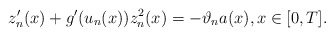
\begin{align*}z_{n}'(x) + g'(u_{n}(x)) z_{n}^{2}(x) = - \vartheta_{n}a(x), x\in \mathopen{[}0,T\mathclose{]}.\end{align*}